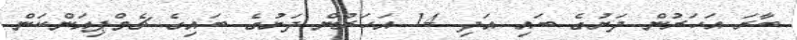
ބާރަ އަހަރުން ދަށުގެ ބައި އަދި 14 އަހަރުން ދަށުގެ ބައިގެ ޗެމްޕިއަންކަން